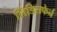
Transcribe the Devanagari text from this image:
लिंडिसफेर्न